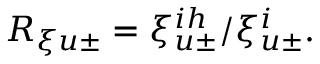
R _ { \xi u \pm } = \xi _ { u \pm } ^ { i h } / \xi _ { u \pm } ^ { i } .